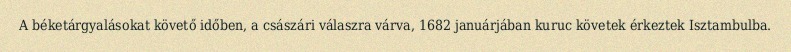
A béketárgyalásokat követő időben, a császári válaszra várva, 1682 januárjában kuruc követek érkeztek Isztambulba.